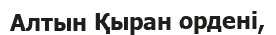
Алтын Қыран орденi,